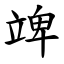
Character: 䇑